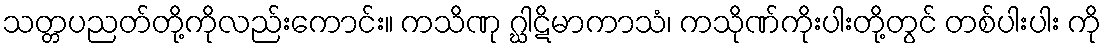
သတ္တပညတ်တို့ကိုလည်းကောင်း။ ကသိဏု ဂ္ဃါဋိမာကာသံ၊ ကသိုဏ်ကိုးပါးတို့တွင် တစ်ပါးပါး ကို